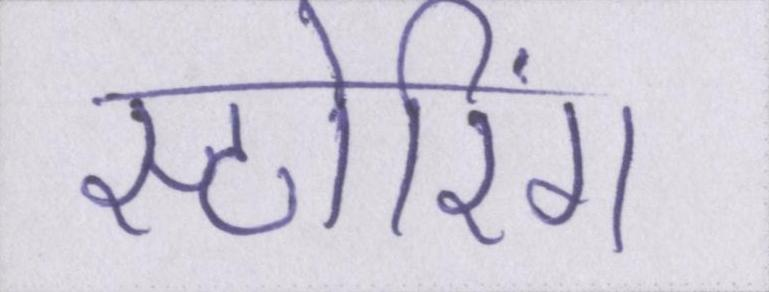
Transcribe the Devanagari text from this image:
स्टोरिंग